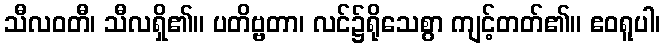
သီလဝတီ၊ သီလရှိ၏။ ပတိဗ္ဗတာ၊ လင်၌ရိုသေစွာ ကျင့်တတ်၏။ ဧဝရူပါ၊